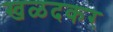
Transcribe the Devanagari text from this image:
खळदकर